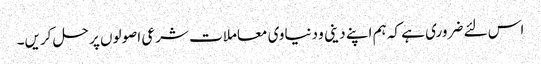
اس لئے ضروری ہے کہ ہم اپنے دینی و دنیاوی معاملات شرعی اصولوں پر حل کریں۔